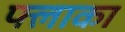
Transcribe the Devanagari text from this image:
फ्लाका